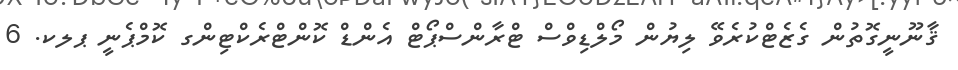
ޤާނޫނީގޮތުން ގެޒެޓްކުރެވޭ ލިޔުން މޯލްޑިވްސް ޓްރާންސްޕޯޓް އެންޑް ކޮންޓްރެކްޓިންގ ކޮމްޕެނީ ޕލކ. 6